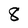
Character: 8